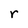
Character: r